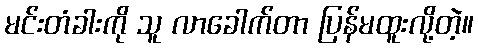
မင်းတံခါးကို သူ လာခေါက်တာ ပြန်မထူးလို့တဲ့။